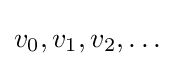
v_{0},v_{1},v_{2},\dots